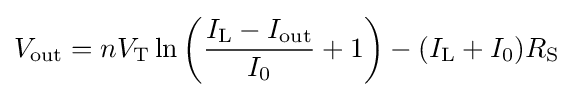
V_{\text{out}}=nV_{\text{T}}\ln \left({\frac {I_{\text{L}}-I_{\text{out}}}{I_{0}}}+1\right)-(I_{\text{L}}+I_{0})R_{\text{S}}